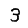
Digit: 3